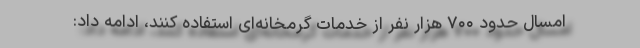
امسال حدود ۷۰۰ هزار نفر از خدمات گرمخانه‌ای استفاده کنند، ادامه داد: